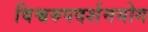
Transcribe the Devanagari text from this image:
विश्वरुपदर्शनयोग